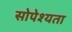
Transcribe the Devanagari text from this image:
सोपेश्यता